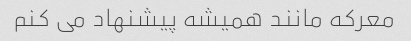
معرکه مانند همیشه پیشنهاد می کنم